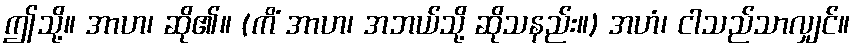
ဤသို့။ အာဟ၊ ဆို၏။ (ကိံ အာဟ၊ အဘယ်သို့ ဆိုသနည်း။) အဟံ၊ ငါသည်သာလျှင်။